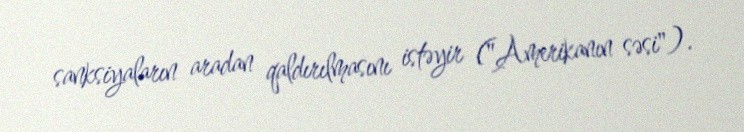
sanksiyaların aradan qaldırılmasını istəyir ("Amerikanın səsi").